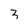
Character: 3